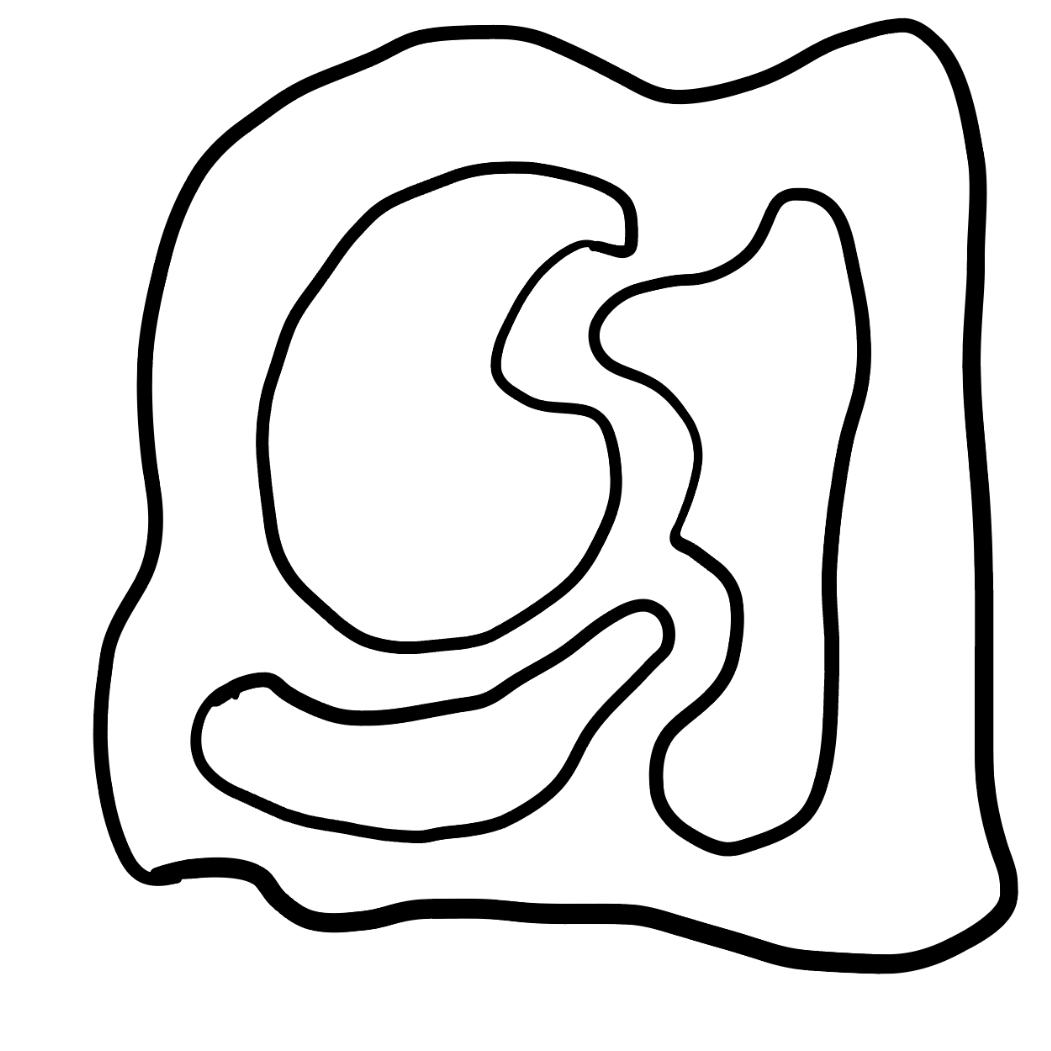
Number of regions (including the outer root region): 5
Containment tree edges (parent, child): 0, 1, 1, 2, 1, 3, 1, 4